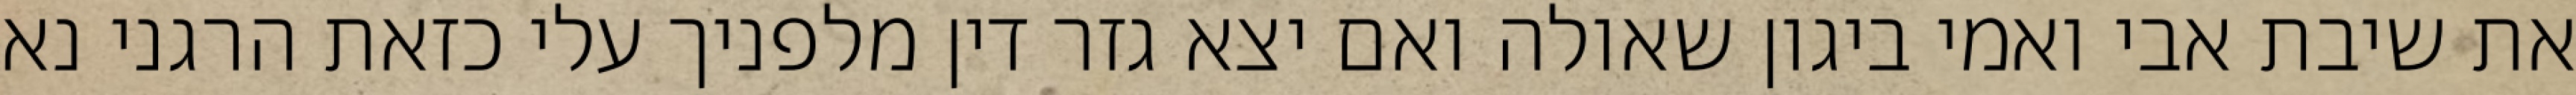
את שיבת אבי ואמי ביגון שאולה ואם יצא גזר דין מלפניך עלי כזאת הרגני נא